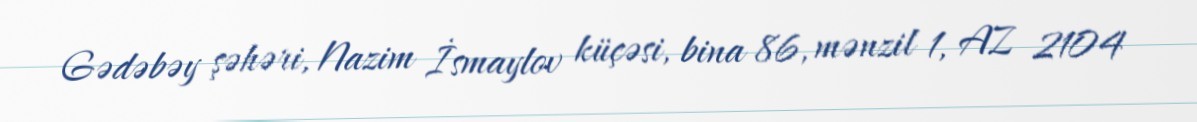
Gədəbəy şəhəri, Nazim İsmaylov küçəsi, bina 86, mənzil 1, AZ 2104